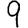
Digit: 9